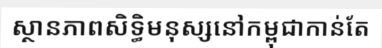
ស្ថានភាពសិទ្ធិមនុស្សនៅកម្ពុជាកាន់តែ